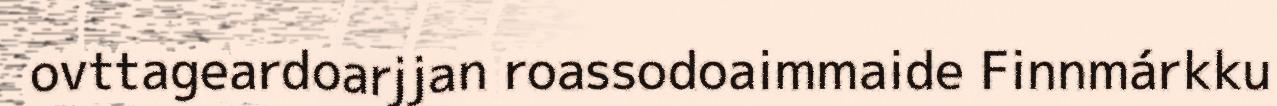
ovttageardoarjjan roassodoaimmaide Finnmárkku